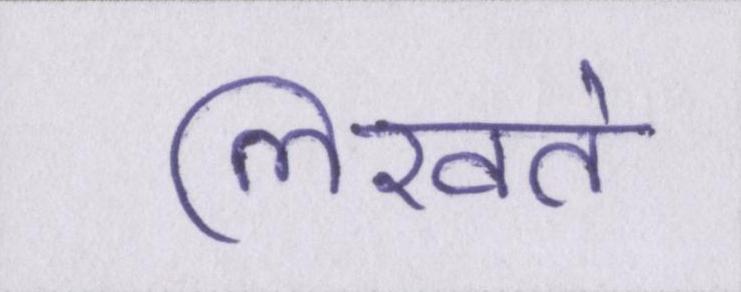
लिखते